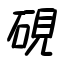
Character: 硯